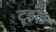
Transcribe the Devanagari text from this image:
टूडल